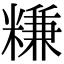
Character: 𥻧